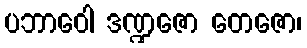
ပဘာဝေါ ဒဏ္ဍဇော တေဇော၊